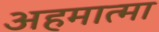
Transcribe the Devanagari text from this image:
अहमात्मा